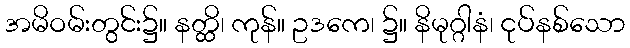
အမိဝမ်းတွင်း၌။ နတ္ထိ၊ ကုန်။ ဥဒကေ၊ ၌။ နိမုဂ္ဂါနံ၊ ငုပ်နစ်သော